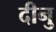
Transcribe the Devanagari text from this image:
दीनु